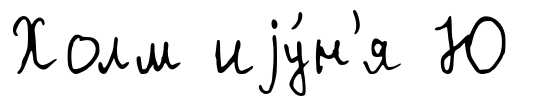
Холм иjу́н'я Ю